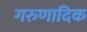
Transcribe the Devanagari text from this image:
गरुणादिक